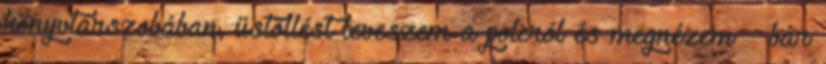
könyvtárszobában, üstöllést leveszem a polcról és megnézem – bár